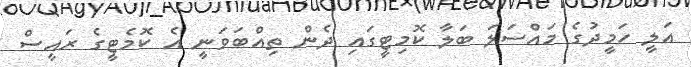
އަލީ ހަމީދުގެ މައްސަލަ ބަލާ ކޮމިޓީގައި ދެން ތިއްބަވަނީ އެ ކޮމެޓީގެ ރައީސް